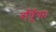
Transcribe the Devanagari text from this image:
बाँधूँगा।